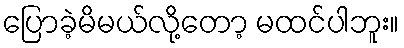
ပြောခဲ့မိမယ်လို့တော့ မထင်ပါဘူး။